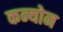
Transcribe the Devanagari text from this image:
कन्योन